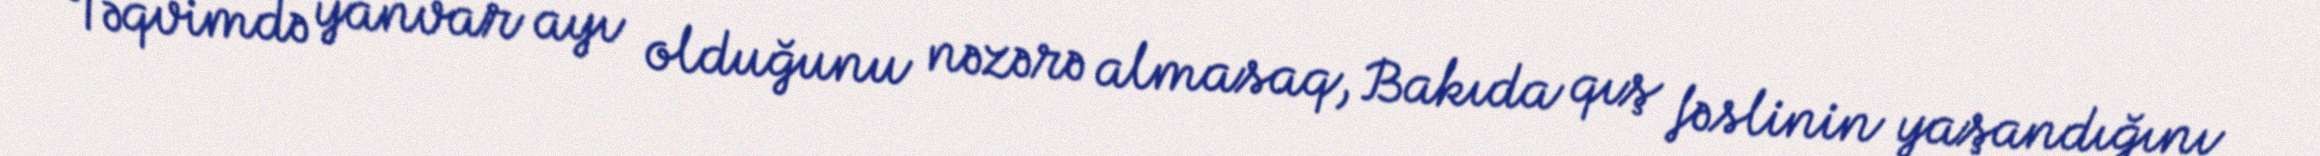
Təqvimdə yanvar ayı olduğunu nəzərə almasaq, Bakıda qış fəslinin yaşandığını